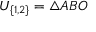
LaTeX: U _ { \{ 1 , 2 \} } = \triangle A B O